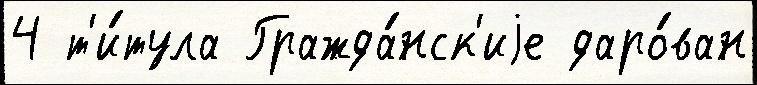
4 т'и́тула Гражда́нск'иjе даро́ван